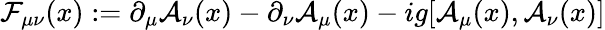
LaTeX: {\cal F}_{\mu\nu}(x):=\partial_{\mu}{\cal A}_{\nu}(x)-\partial_{\nu}{\cal A}_{\mu}(x)-ig[{\cal A}_{\mu}(x),{\cal A}_{\nu}(x)]